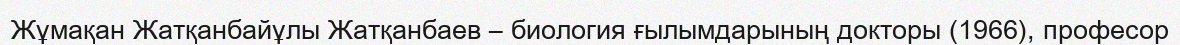
Жұмақан Жатқанбайұлы Жатқанбаев – биология ғылымдарының докторы (1966), професор